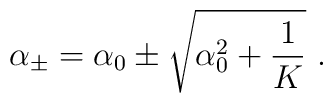
{\alpha}_\pm={\alpha}_0\pm\sqrt{{\alpha}_0^2+{1\over K}}{}~.